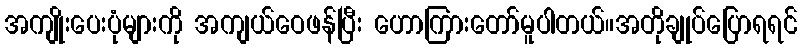
အကျိုးပေးပုံများကို အကျယ်ဝေဖန်ပြီး ဟောကြားတော်မူပါတယ်။အတိုချုပ်ပြောရရင်